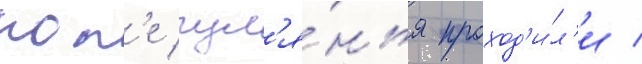
пол'е гул'я́нья проход'и́л'и /